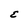
Character: E